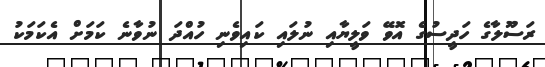
ރަސޫލާގެ ހަދީސުގެ އޮވޭ ވަލީޔާއި ނުލައި ކައިވެނި ހުއްދަ ނުވާނެ ކަމަށް އެކަމަކު